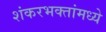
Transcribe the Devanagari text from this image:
शंकरभक्तांमध्ये